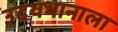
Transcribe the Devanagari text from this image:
उदयभानाला